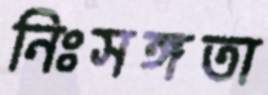
নিঃসঙ্গতা